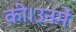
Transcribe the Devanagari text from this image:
की।उनमें